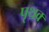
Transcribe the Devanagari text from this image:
पृथक्‍